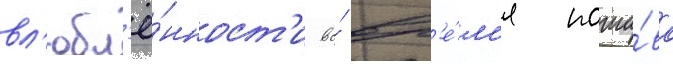
вл'юбл'ё́нност'и во́ вр'е́м'я поши́ва